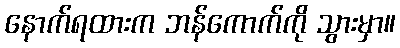
နောက်ရထားက ဘန်ကောက်ကို သွားမှာ။